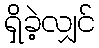
ရှိခဲ့လျှင်